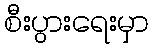
စီးပွားရေးမှာ